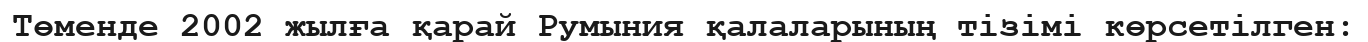
Төменде 2002 жылға қарай Румыния қалаларының тізімі көрсетілген: